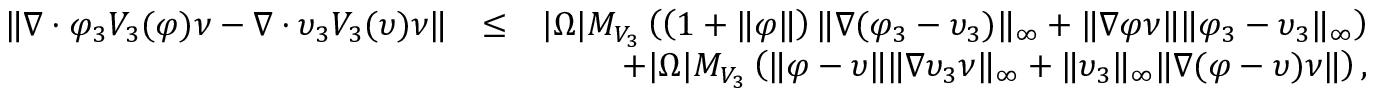
\begin{array} { r l r } { \| \nabla \cdot \varphi _ { 3 } V _ { 3 } ( \varphi ) \nu - \nabla \cdot \upsilon _ { 3 } V _ { 3 } ( \upsilon ) \nu \| } & { \leq } & { | \Omega | M _ { V _ { 3 } } \left( \left( 1 + \| \varphi \| \right) \| \nabla ( \varphi _ { 3 } - \upsilon _ { 3 } ) \| _ { \infty } + \| \nabla \varphi \nu \| \| \varphi _ { 3 } - \upsilon _ { 3 } \| _ { \infty } \right) } \\ & { } & { + | \Omega | M _ { V _ { 3 } } \left( \| \varphi - \upsilon \| \| \nabla \upsilon _ { 3 } \nu \| _ { \infty } + \| \upsilon _ { 3 } \| _ { \infty } \| \nabla ( \varphi - \upsilon ) \nu \| \right) , } \end{array}